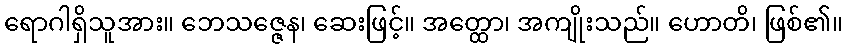
ရောဂါရှိသူအား။ ဘေသဇ္ဇေန၊ ဆေးဖြင့်။ အတ္ထော၊ အကျိုးသည်။ ဟောတိ၊ ဖြစ်၏။